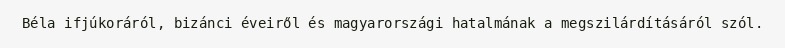
Béla ifjúkoráról, bizánci éveiről és magyarországi hatalmának a megszilárdításáról szól.